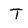
Character: T